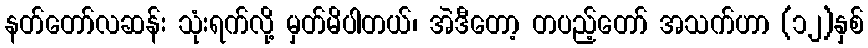
နတ်တော်လဆန်း သုံးရက်လို့ မှတ်မိပါတယ်၊ အဲဒီတော့ တပည့်တော် အသက်ဟာ (၁၂)နှစ်